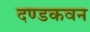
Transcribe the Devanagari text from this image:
दण्डकवन